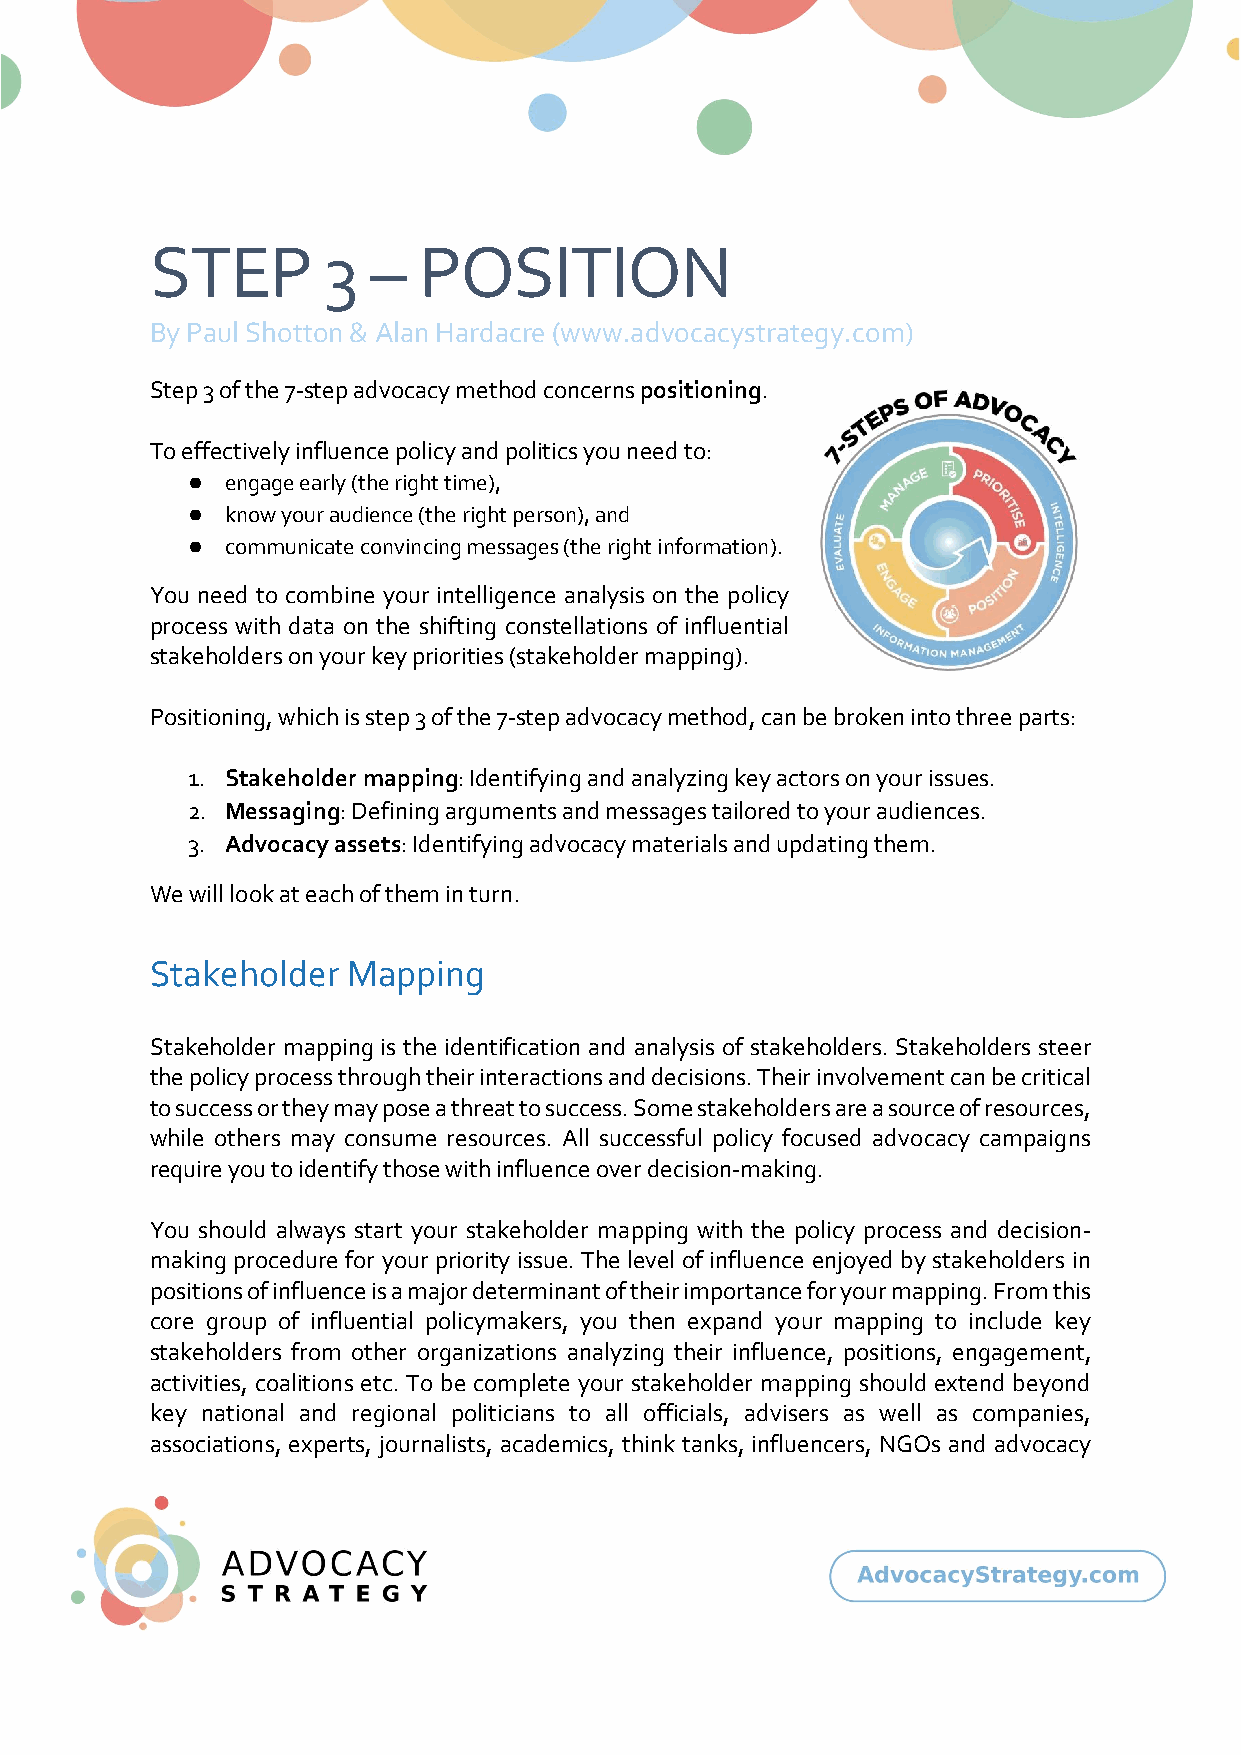
STEP       3   –  POSITION
 By Paul Shotton & Alan Hardacre (www.advocacystrategy.com)
 Step 3 of the 7-step advocacy method concerns positioning.
 To effectively influence policy and politics you need to:
 ●  engage early (the right time),
 ●  know your audience (the right person), and
 ●  communicate convincing messages (the right information).
 You need to combine your intelligence analysis on the policy
 process with data on the shifting constellations of influential
 stakeholders on your key priorities (stakeholder mapping).
 Positioning, which is step 3 of the 7-step advocacy method, can be broken into three parts:
 1. Stakeholder mapping: Identifying and analyzing key actors on your issues.
 2. Messaging: Defining arguments and messages tailored to your audiences.
 3. Advocacy assets: Identifying advocacy materials and updating them.
 We will look at each of them in turn.
 Stakeholder  Mapping
 Stakeholder mapping is the identification and analysis of stakeholders. Stakeholders steer
 the policy process through their interactions and decisions. Their involvement can be critical
 to success or they may pose a threat to success. Some stakeholders are a source of resources,
 while others may consume resources. All successful policy focused advocacy campaigns
 require you to identify those with influence over decision-making.
 You should always start your stakeholder mapping with the policy process and decision-
 making procedure for your priority issue. The level of influence enjoyed by stakeholders in
 positions of influence is a major determinant of their importance for your mapping. From this
 core group of influential policymakers, you then expand your mapping to include key
 stakeholders from other organizations analyzing their influence, positions, engagement,
 activities, coalitions etc. To be complete your stakeholder mapping should extend beyond
 key national and regional politicians to all officials, advisers as well as companies,
 associations, experts, journalists, academics, think tanks, influencers, NGOs and advocacy